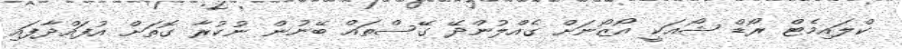
ކްލައިމެޓް ރޯޑް ޝޯއަކީ އޯޒޯނަށް ގެއްލުންދޭ ގޭސްތައް ބޭނުން ނުކުރާ ގޮތަށް އުފައްދާފައި